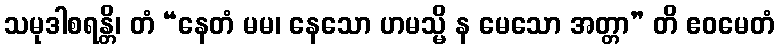
သမုဒါစရန္တိ၊ တံ “နေတံ မမ၊ နေသော ဟမသ္မိ န မေသော အတ္တာ” တိ ဧဝမေတံ